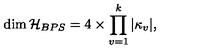
\dim { \cal H } _ { B P S } = 4 \times \prod _ { v = 1 } ^ { k } | \kappa _ { v } | ,